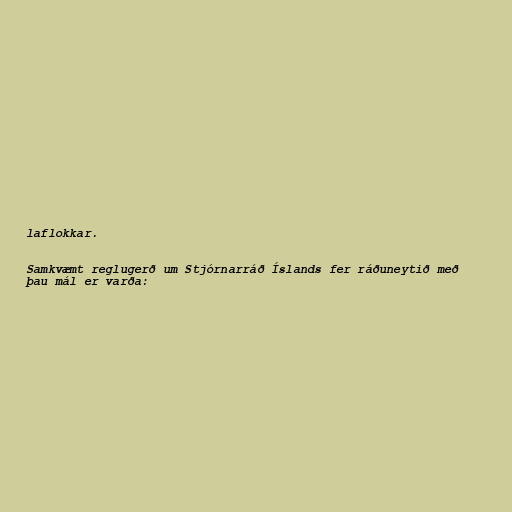
laflokkar.

Samkvæmt reglugerð um Stjórnarráð Íslands fer ráðuneytið með
þau mál er varða: